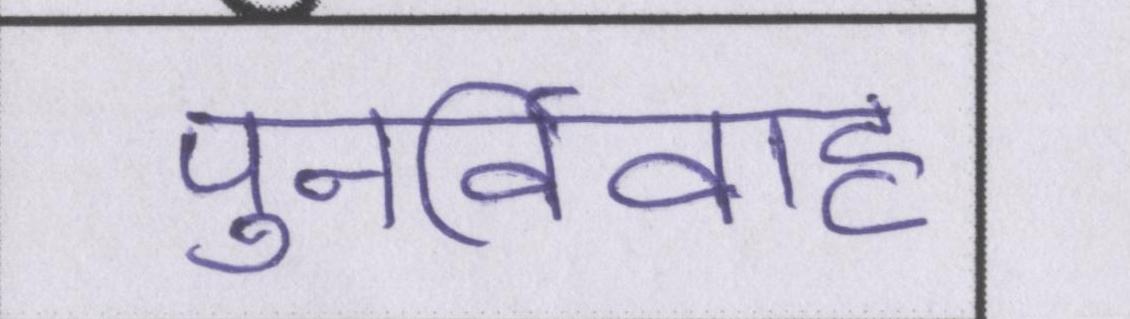
पुनर्विवाह